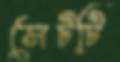
সেটটি